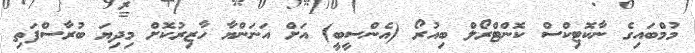
މުމްބައިގެ ނާކޮޓިކްސް ކޮންޓްރޯލް ބިއުރޯ (އެންސީބީ) އަށް އަނަންޔާ ހާޒިރުކޮށް މިދިޔަ ބުރާސްފަތި